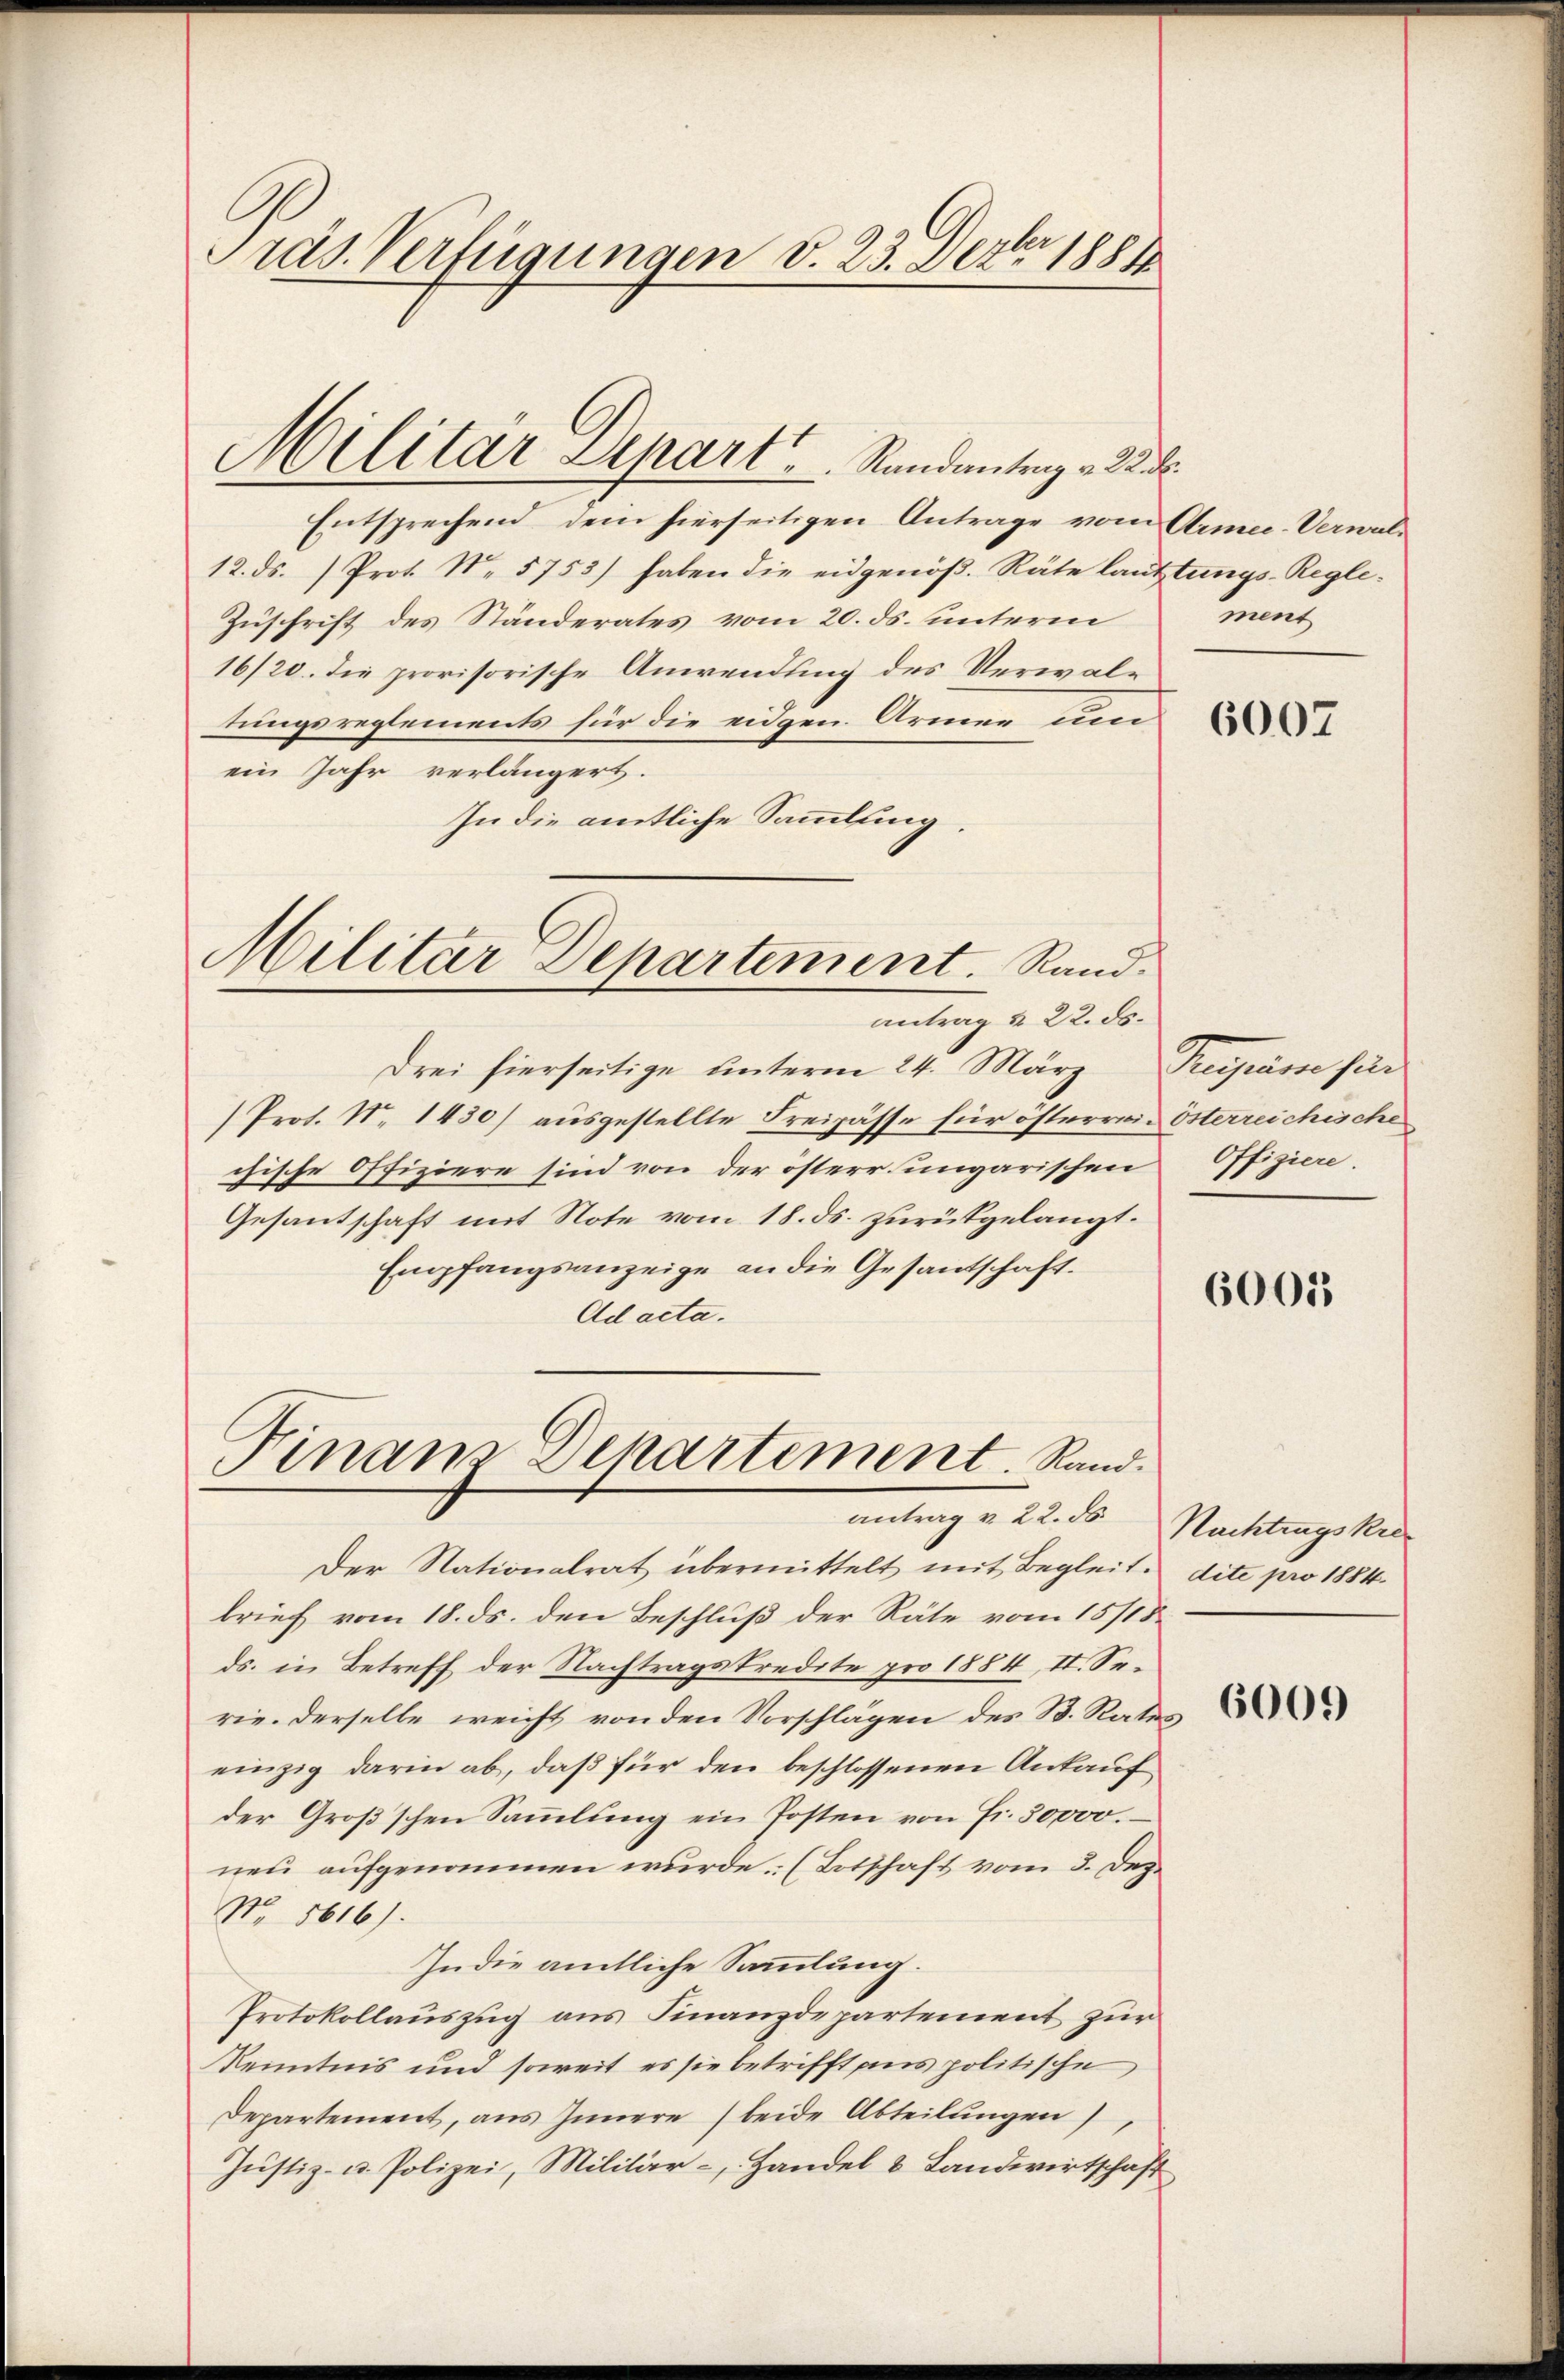
Präs. Verfügungen v. 23. Dezbr 1884

Militär Depart Randantrag v. 22. d.

Entsprechend, dem hierseitigen Antrage vom Armee-Verwal¬
12. ds. Prot. N. 5753) haben die eidgenöß. Räte lauftungs-Regle¬
Zuschrift des Ständerates vom 20. ds. unterm
16/20. die provisorische Anwendung des Verwaltungsreglements für die eidgen. Armen und
ein Jahr verlängert.
In die amtliche Sammlung.

Militär Departement. Rand.
antrag § 22. ds.

Drei hierseitige unterm 24. März
Prot. N. 1430) ausgestellte Freipässe für österrei österreichische
chische Offiziere sind von der österr ungarischen Offiziere.
Gesantschaft mit Note vom 18. ds. zurükgelangt.
Empfangsanzeige an die Gesandschaft.
Ad acta.

Finam Departement. Rand.
antrag v. 22. ds. Nachtragskre

Der Nationalrat übermittelt mit Begleit dite pro 1884.
brief vom 18. ds. den Beschluß der Räte vom 15/18.
ds. in Betreff der Nachtragskredite pro 1884, II. Serie. Derselbe weicht von den Vorschlägen des B. Rates
einzig darin ab, daß für den beschlossenen Ankauf
der Großschen Sammlung ein Posten von Fr. 50000.
neu aufgenommen wurde. (Totschaft vom 3. Dez.
No. 1616).
Indie amtliche Sammlung.
Protokollauszug aus Finanzdepartement zur
Kenntnis und soweit es sie betrifft uns politische,
Departement, aus Innere beide Abteilungen,
Justiz- u. Polizei, Militär-, Handel & Landwirtschaft

Int

6007

Regnie sin

6001

6000